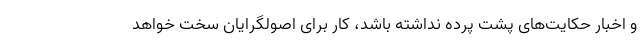
و اخبار حکایت‌های پشت پرده نداشته باشد، کار برای اصولگرایان سخت خواهد